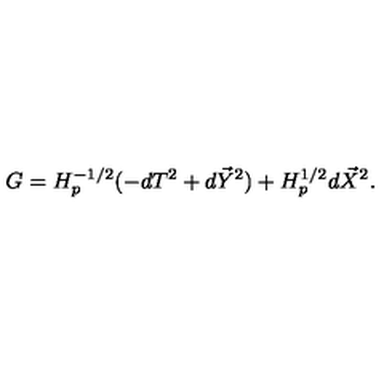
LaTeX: G = H _ { p } ^ { - 1 / 2 } ( - d T ^ { 2 } + d \vec { Y } ^ { 2 } ) + H _ { p } ^ { 1 / 2 } d \vec { X } ^ { 2 } .